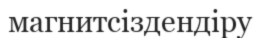
магнитсіздендіру